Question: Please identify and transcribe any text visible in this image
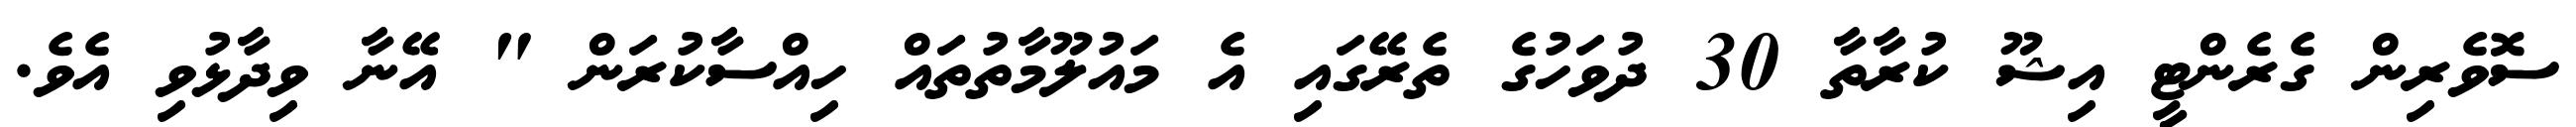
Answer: ސޮވެރިން ގެރެންޓީ އިޝޫ ކުރާތާ 30 ދުވަހުގެ ތެރޭގައި އެ މައުލޫމާތުތައް ހިއްސާކުރަން " އޭނާ ވިދާޅުވި އެވެ.